Scottish Leaving Certificate Examination, 1957
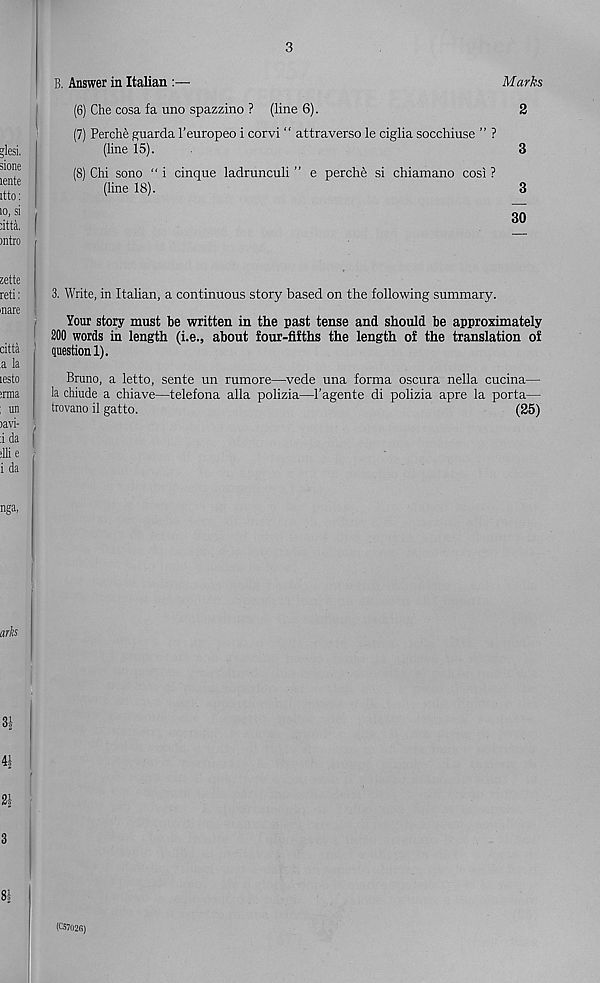
3
B. Answer in Italian
Marks
(6) Che cosa fa uno spazzino ? (line 6).
2
(7) Perche guarda 1’europeo i corvi “ attraverso le ciglia socchiuse ” ?
(line 15).
3
(8) Chi sono “ i cinque ladrunculi ” e perche si chiamano cosi ?
(line 18).
3
30
3. Write, in Italian, a continuous story based on the following summary.
Your story must be written in the past tense and should be approximately
200 words in length (i.e., about four-fifths the length of the translation of
question 1).
Bruno, a letto, sente un rumore—vede una forma oscura nella cucina—
la chiude a chiave—telefona alia polizia—1'agente di polizia apre la porta—
trovano il gatto.
(25)
(C5702G)